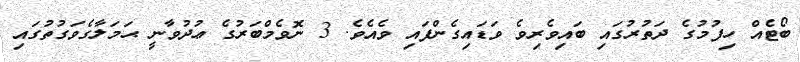
ބޯޓެއް ހިފުމުގެ ދަތުރުގައި ބައިވެރިވެ ވަޑައިގެންފައި ވެއެވެ. 3 ނޮވެމްބަރުގެ ޢުދުވާނީ ޙަމަލާގެވަގުތުގައި